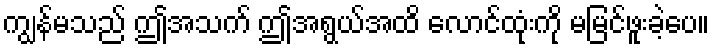
ကျွန်မသည် ဤအသက် ဤအရွယ်အထိ လောင်ထုံးကို မမြင်ဖူးခဲ့ပေ။